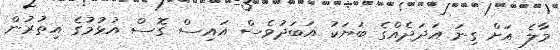
މާލެ އަށް ގިނަ އަދަދެއްގެ ބަޔަކު އަބަދުވެސް އައިސް ގޮސް އުޅުމުގެ އިތުރުން